Civil Veterinary Dept. Bombay admin report 1907-1913 - 1907-1913
Year: 1907
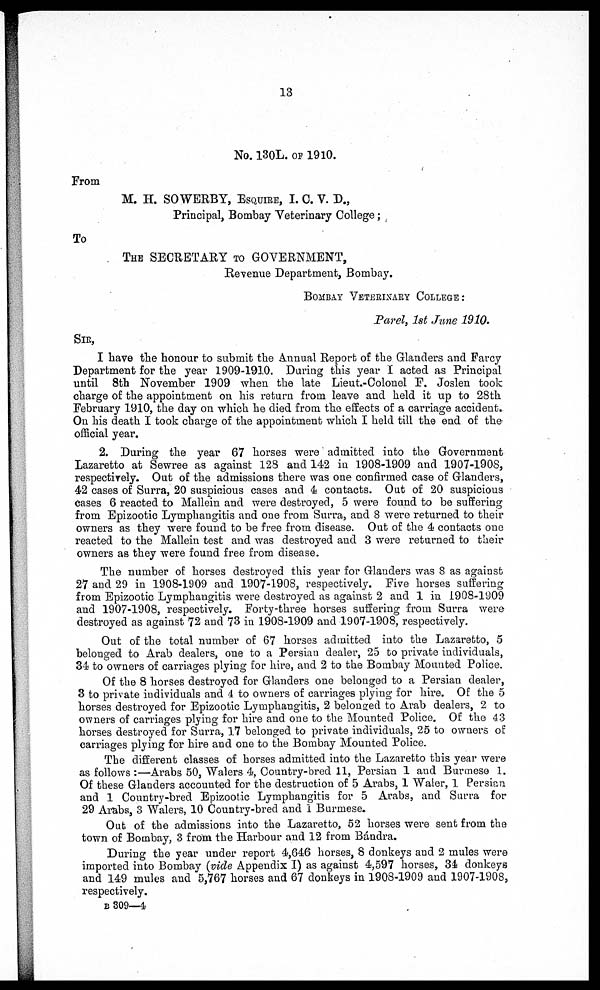
13
No. 130L. of 1910.
From
M. H. SOWERBY, ESQUIRE, I. 0. V. D.,
Principal, Bombay Veterinary College;
To
The SECRETARY to GOVERNMENT,
Revenue Department, Bombay.
BOMBAY VETERINARY COLLEGE:
Parel, 1st Jane 1910.
SIR,
I have the honour to submit the Annual Report of the Glanders and Farcy Department for the year 1909-1910. During this yea
2. During the year 67 horses were admitted into the Government Lazaretto at Sewree as against 123 and 142 in 1908-1909 and
The number of horses destroyed this year for Glanders was 8 as against 27 and 29 in 1908-1909 and 1907-1908, respectively.
Out of the total number of 67 horses admitted into the Lazaretto, 5 belonged to Arab dealers, one to a Persian dealer, 25 to pri
Of the 8 horses destroyed for Glanders one belonged to a Persian dealer, 3 to private individuals and 4 to owners of carriages
The different classes of horses admitted into the Lazaretto this year were as follows :—Arabs 50, Walers 4, Country-bred 11,
Out of the admissions into the Lazaretto, 52 horses were sent from the town of Bombay, 3 from the Harbour and 12 from Bán
During the year under report 4,646 horses, 8 donkeys and 2 mules were imported into Bombay (vide Appendix I) as against 4
b 309—4.